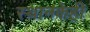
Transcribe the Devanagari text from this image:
स्थानकेही